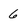
Character: 6